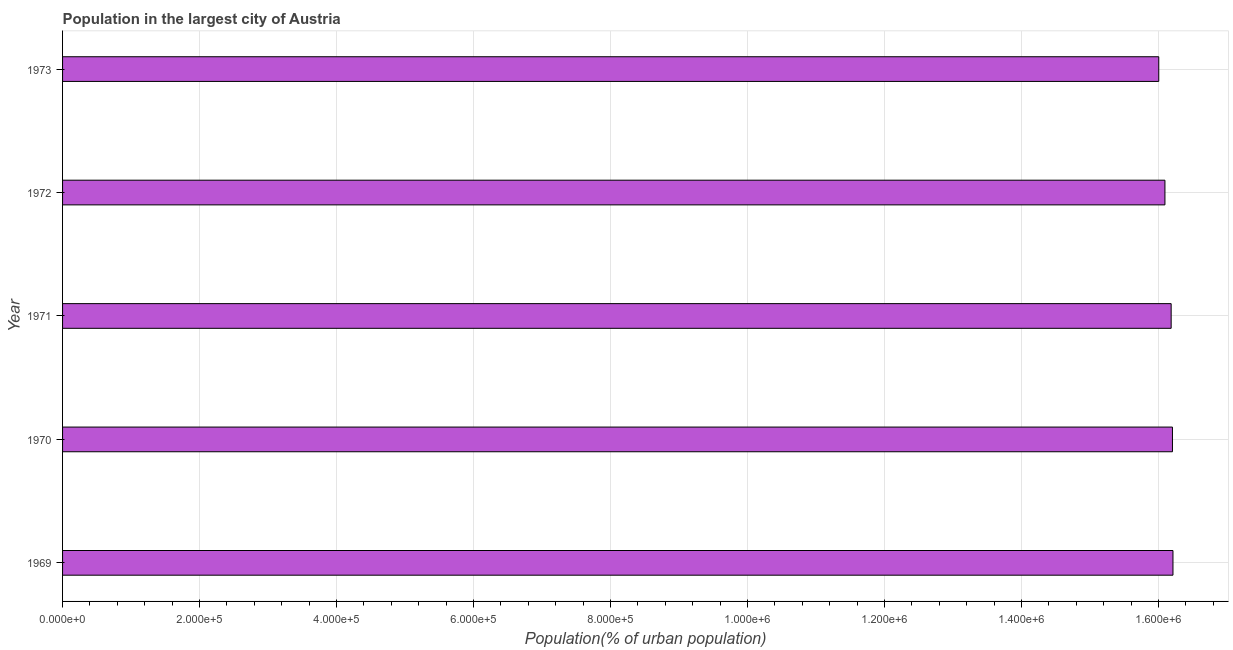
| Year | Population in largest city |
 | --- | --- |
 | 1969 | 1.62e+06 |
 | 1970 | 1.62e+06 |
 | 1971 | 1.62e+06 |
 | 1972 | 1.61e+06 |
 | 1973 | 1.6e+06 |